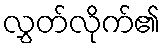
လွှတ်လိုက်၏